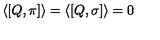
\langle [ Q , \pi ] \rangle = \langle [ Q , \sigma ] \rangle = 0